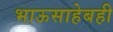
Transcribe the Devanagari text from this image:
भाऊसाहेबही